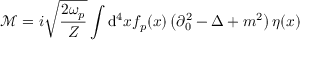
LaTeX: { \mathcal { M } } = i { \sqrt { \frac { 2 \omega _ { p } } { Z } } } \int \mathrm { d } ^ { 4 } x f _ { p } ( x ) \left( \partial _ { 0 } ^ { 2 } - \Delta + m ^ { 2 } \right) \eta ( x )